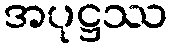
အပုဋ္ဌဿ